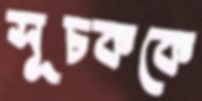
সূচককে